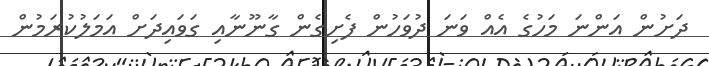
ދަށުން އަންނަ މަހުގެ އެއް ވަނަ ދުވަހުން ފެށިގެން ގާނޫނާއި ގަވައިދަށް އަމަލުކުރަމުން